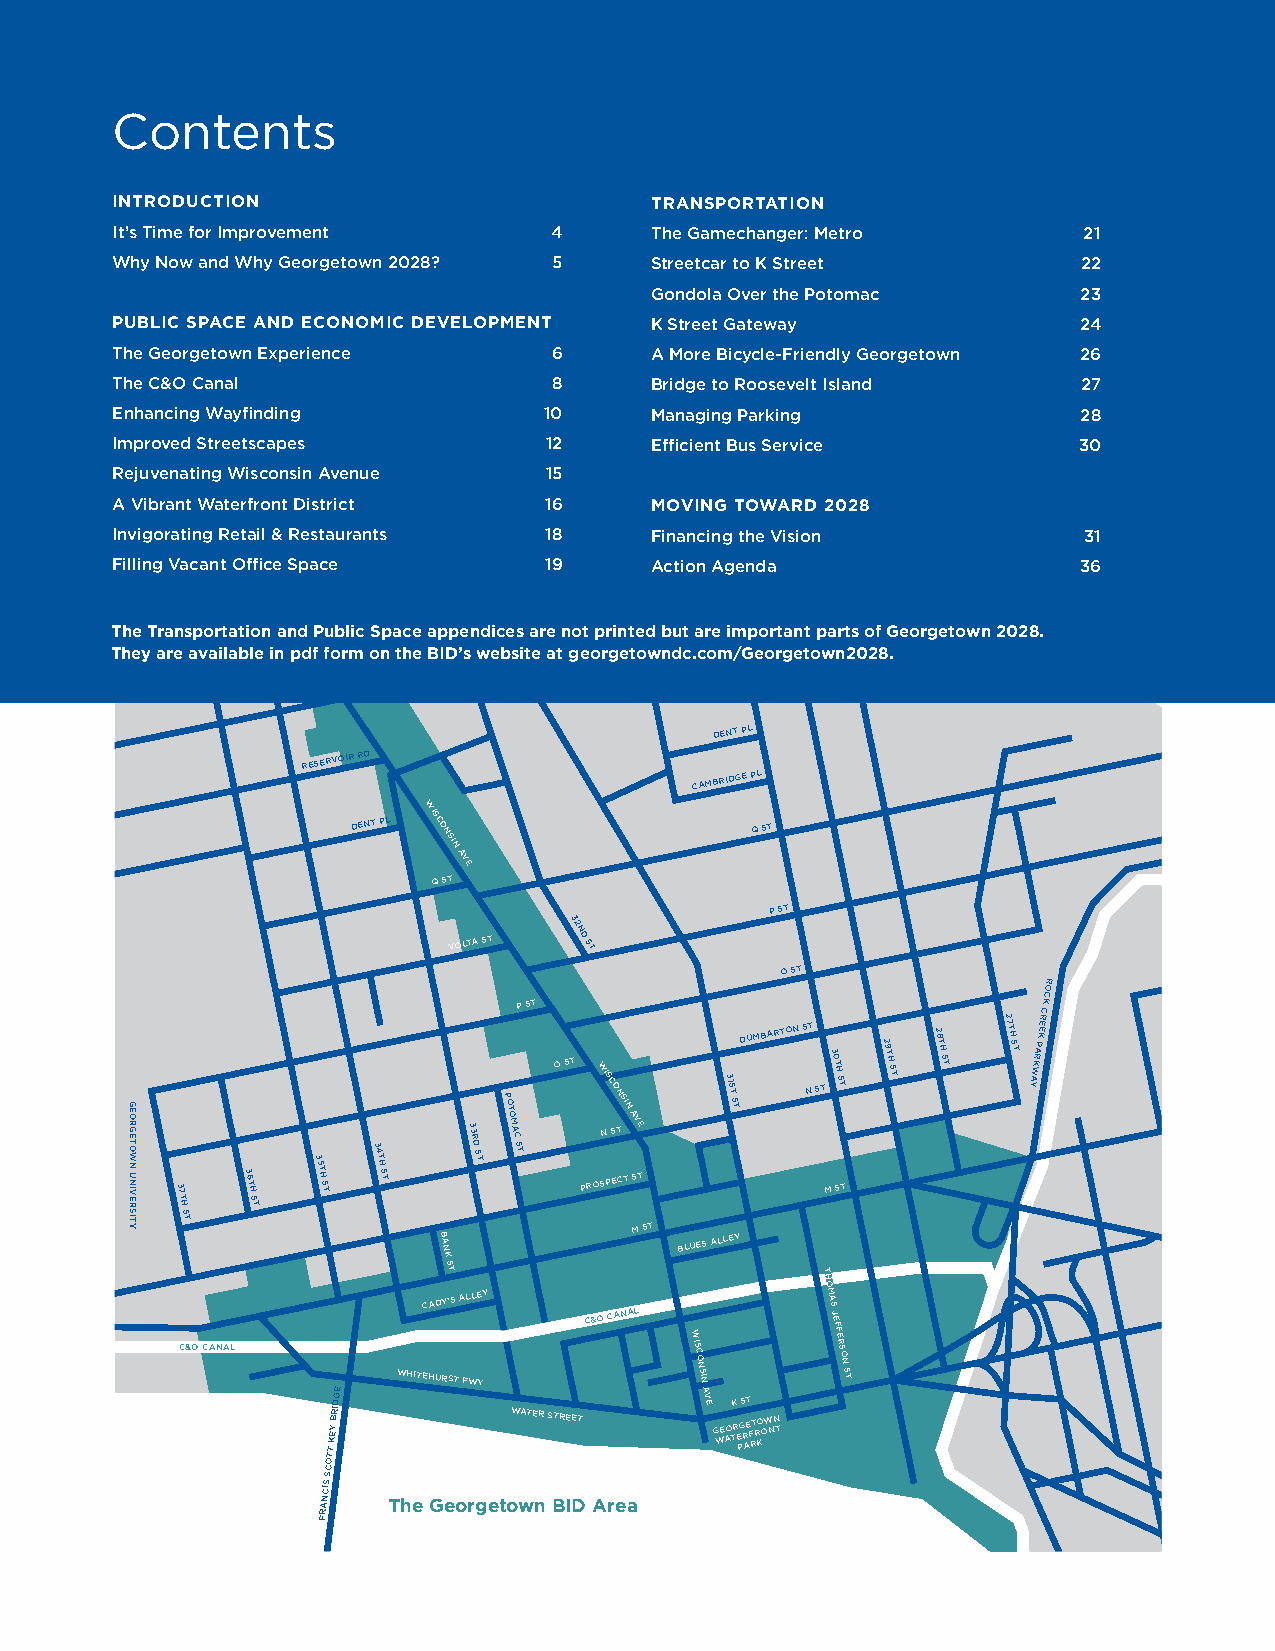
Contents
 INTRODUCTION                        TRANSPORTATION
 It’s Time for Improvement    4      The Gamechanger: Metro       21
 Why Now and Why Georgetown 2028? 5  Streetcar to K Street        22
 Gondola Over the Potomac     23
 PUBLIC SPACE AND ECONOMIC DEVELOPMENT K Street Gateway          24
 The Georgetown Experience     6     A More Bicycle-Friendly Georgetown 26
 The C&O Canal                 8     Bridge to Roosevelt Island   27
 Enhancing Wayfinding         10     Managing Parking             28
 Improved Streetscapes        12     Efficient Bus Service       30
 Rejuvenating Wisconsin Avenue 15
 A Vibrant Waterfront District 16    MOVING TOWARD 2028
 Invigorating Retail & Restaurants 18 Financing the Vision        31
 Filling Vacant Office Space  19     Action Agenda               36
 T he Transportation and Public Space appendices are not printed but are important parts of Georgetown 2028.
 T hey are available in pdf form on the BID’s website at georgetowndc.com/Georgetown2028.
 R ST                       R ST
 DENT PL
 RESERVOIR RD
 CAMBRIDGE PL
 DENT PL
 WISCONSIN
 AVE
 Q ST
 Q ST
 P ST
 VOLTA ST
 32ND
 ST
 O ST
 R
 O
 C
 P ST                               C K
 37TH
 ST
 36TH
 ST
 35TH
 ST
 34TH
 ST
 33R
 D
 ST
 PO TO
 M A
 C
 ST
 O ST PROW SNIS PC O
 S
 EN
 T
 CSIN
 T
 A V MSE
 T
 ST
 31ST
 STDUMBARTON S NT
 ST M30 TH
 S
 ST
 T
 29TH
 ST
 28TH
 ST
 27TH
 ST YAWKRAP
 KEER
 B A
 N
 BLUES ALLEY
 K
 ST
 TH
 O
 C&O CANAL
 OTT
 KEY
 BRIDGE
 WHITEC HA UD RY S’S
 T
 A FL WL YEY
 WATER
 STREETC&O CANAL
 W
 ISC
 O N SIN
 AV
 E
 G WE AO
 TK
 R E
 PGS
 R
 AET
 F RT R KO OW NN T
 M A S JEFFER
 SO
 N ST
 C
 CIS
 S
 AN   The Georgetown BID Area
 R
 F
 GEORGETOWN
 UNIVERSITY